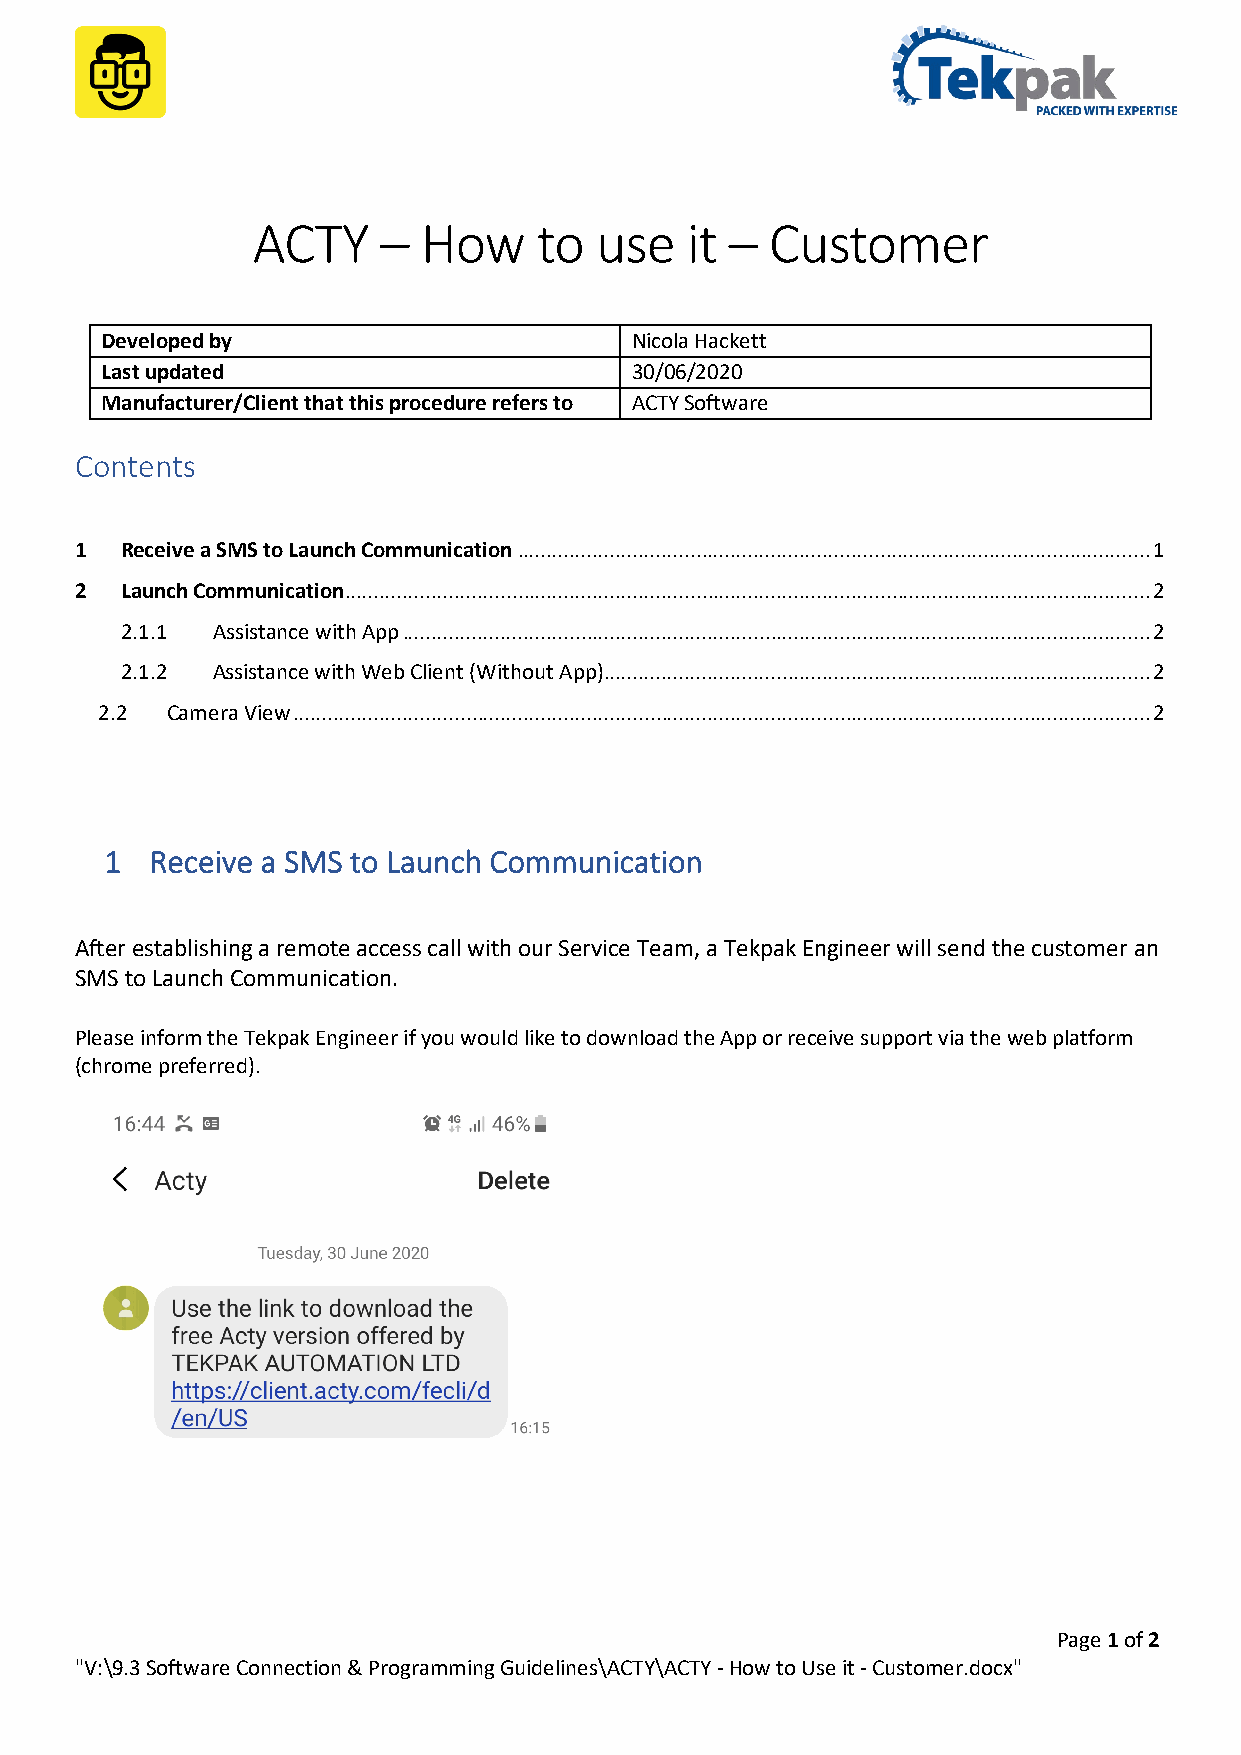
ACTY    –  How     to use   it –  Customer
 Developed by                       Nicola Hackett
 Last updated                       30/06/2020
 Manufacturer/Client that this procedure refers to ACTY Software
 Contents
 1  Receive a SMS to Launch Communication .............................................................................................................. 1
 2  Launch Communication ............................................................................................................................................ 2
 2.1.1 Assistance with App .................................................................................................................................. 2
 2.1.2 Assistance with Web Client (Without App) ............................................................................................... 2
 2.2  Camera View ..................................................................................................................................................... 2
 1  Receive a SMS to Launch Communication
 After establishing a remote access call with our Service Team, a Tekpak Engineer will send the customer an
 SMS to Launch Communication.
 Please inform the Tekpak Engineer if you would like to download the App or receive support via the web platform
 (chrome preferred).
 Page 1 of 2
 "V:\9.3 Software Connection & Programming Guidelines\ACTY\ACTY - How to Use it - Customer.docx"